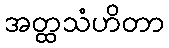
အတ္ထသံဟိတာ